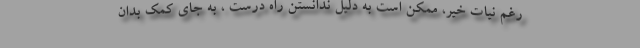
رغم نیات خیر، ممکن است به دلیل ندانستن راه درست ، به جای کمک بدان